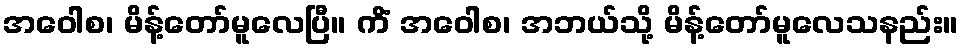
အဝေါစ၊ မိန့်တော်မူလေပြီ။ ကိံ အဝေါစ၊ အဘယ်သို့ မိန့်တော်မူလေသနည်း။